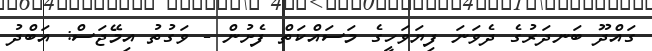
ގައްދޫ ބަނދަރުގެ ދެވަނަ ފިޔަވަހީގެ މަސައްކަތް ފެށުން - ވަގުތު އިމޭޖަސް: އަބްދު